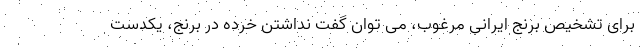
برای تشخیص برنج ایرانی مرغوب، می توان گفت نداشتن خرده در برنج، یکدست